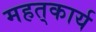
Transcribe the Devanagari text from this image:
महत्‌कार्य